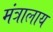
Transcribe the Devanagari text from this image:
मंत्रालाय